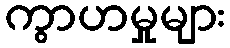
ကွာဟမှုများ